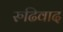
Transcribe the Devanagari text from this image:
रुढिवाद